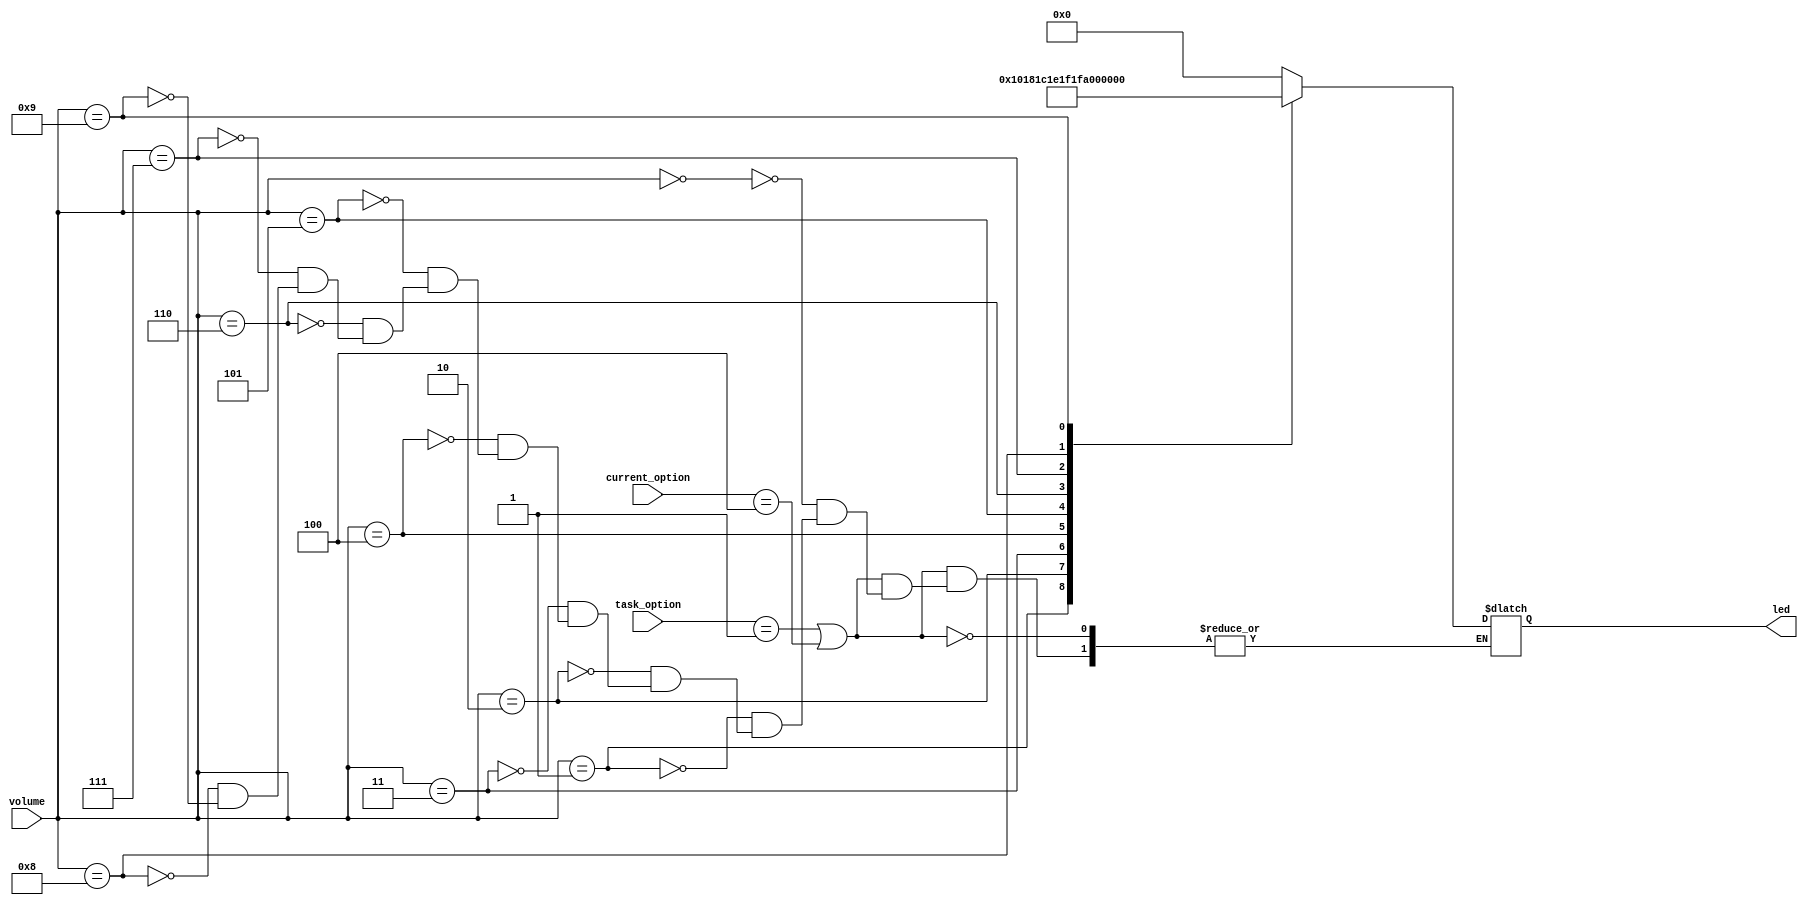
`timescale 1ns / 1ps
//////////////////////////////////////////////////////////////////////////////////
// Company: 
// Engineer: 
// 
// Design Name: 
// Module Name: audio_intensity
// Project Name: 
// Target Devices: 
// Tool Versions: 
// Description: 
// 
// Dependencies: 
// 
// Revision:
// Revision 0.01 - File Created
// Additional Comments:
// 
//////////////////////////////////////////////////////////////////////////////////


module display_led(
    input [3:0] volume,
    input [2:0] current_option,
    input [2:0] task_option,
    output reg [8:0] led
    );
    always @(*) begin
        if (task_option == 1 || current_option == 4) begin
        //an = 4'b1110;
        //dp <= 1;
        case(volume)
            4'd0: begin led = 0; end
            4'd1: begin led = {1{1'b1}}; end
            4'd2: begin led = {2{1'b1}}; end
            4'd3: begin led = {3{1'b1}}; end
            4'd4: begin led = {4{1'b1}}; end
            4'd5: begin led = {5{1'b1}}; end
            4'd6: begin led = {6{1'b1}}; end
            4'd7: begin led = {7{1'b1}}; end
            4'd8: begin led = {8{1'b1}}; end
            4'd9: begin led = {9{1'b1}}; end
        endcase
        end
    end
    
endmodule